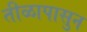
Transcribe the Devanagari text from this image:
तीळापासुन